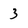
Character: 3